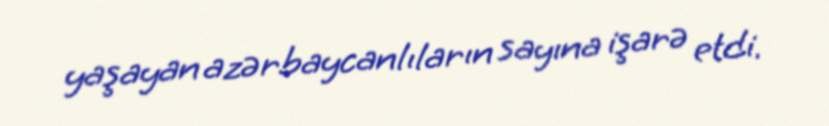
yaşayan azərbaycanlıların sayına işarə etdi.